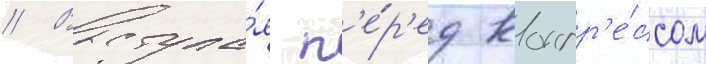
// Выступа́я п'е́р'ед конгр'е́ссом